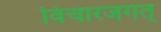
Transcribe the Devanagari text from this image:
विचारजगत्‌